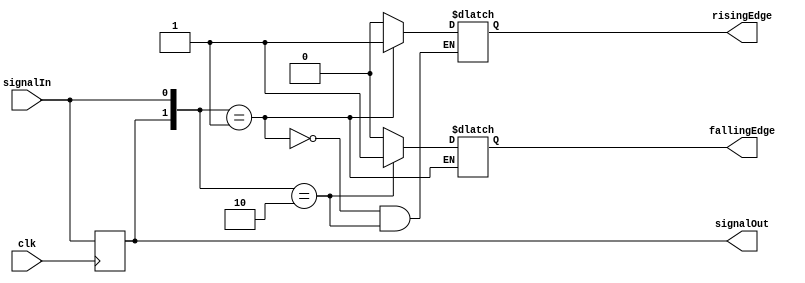
`timescale 1ns / 1ps

module edgeDetector (
	input wire clk,
	input wire signalIn,
	output wire signalOut,
	output reg risingEdge,
	output reg fallingEdge
);

	reg [1:0] pipeline;

	always @(*) begin
		pipeline[0] = signalIn;
	end

	always @(posedge clk) begin
		pipeline[1] <= pipeline[0];
	end

	always @(*) begin
		if (pipeline == 2'b01) begin
			risingEdge <= 1;
		end 
		else if (pipeline == 2'b10) begin
			fallingEdge <= 1;
		end 
		else begin
			risingEdge <= 0;
			fallingEdge <= 0;
		end
	end

	assign signalOut = pipeline[1];

endmodule